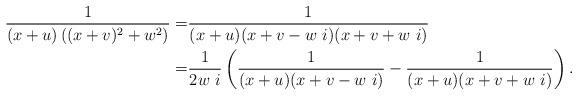
LaTeX: \begin{align*}\frac{1}{(x+u)\left((x+v)^2+w^2\right)}=&\frac{1}{(x+u)(x+v-w~i)(x+v+w~i)}\\=&\frac {1}{2w~i}\left(\frac{1}{(x+u)(x+v-w~i)}-\frac{1}{(x+u)(x+v+w~i)}\right).\end{align*}